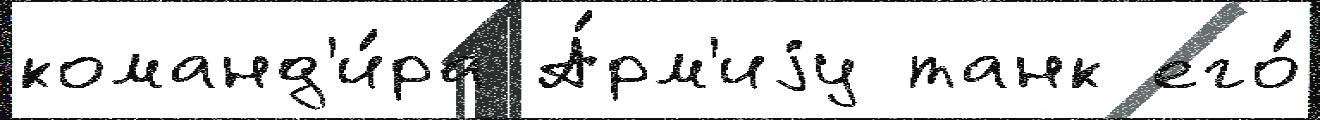
команд'и́ра А́рм'иjу танк его́